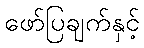
ဖော်ပြချက်နှင့်